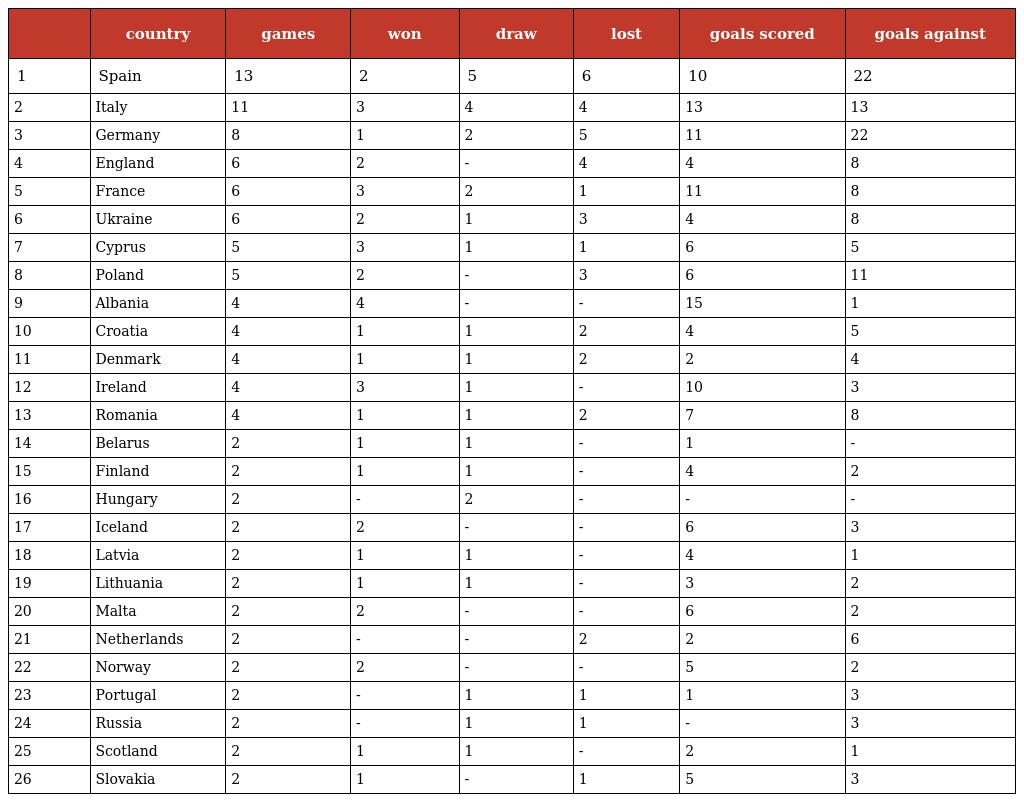
|  | country | games | won | draw | lost | goals scored | goals against |
 | --- | --- | --- | --- | --- | --- | --- | --- |
 | 1 | Spain | 13 | 2 | 5 | 6 | 10 | 22 |
 | 2 | Italy | 11 | 3 | 4 | 4 | 13 | 13 |
 | 3 | Germany | 8 | 1 | 2 | 5 | 11 | 22 |
 | 4 | England | 6 | 2 | - | 4 | 4 | 8 |
 | 5 | France | 6 | 3 | 2 | 1 | 11 | 8 |
 | 6 | Ukraine | 6 | 2 | 1 | 3 | 4 | 8 |
 | 7 | Cyprus | 5 | 3 | 1 | 1 | 6 | 5 |
 | 8 | Poland | 5 | 2 | - | 3 | 6 | 11 |
 | 9 | Albania | 4 | 4 | - | - | 15 | 1 |
 | 10 | Croatia | 4 | 1 | 1 | 2 | 4 | 5 |
 | 11 | Denmark | 4 | 1 | 1 | 2 | 2 | 4 |
 | 12 | Ireland | 4 | 3 | 1 | - | 10 | 3 |
 | 13 | Romania | 4 | 1 | 1 | 2 | 7 | 8 |
 | 14 | Belarus | 2 | 1 | 1 | - | 1 | - |
 | 15 | Finland | 2 | 1 | 1 | - | 4 | 2 |
 | 16 | Hungary | 2 | - | 2 | - | - | - |
 | 17 | Iceland | 2 | 2 | - | - | 6 | 3 |
 | 18 | Latvia | 2 | 1 | 1 | - | 4 | 1 |
 | 19 | Lithuania | 2 | 1 | 1 | - | 3 | 2 |
 | 20 | Malta | 2 | 2 | - | - | 6 | 2 |
 | 21 | Netherlands | 2 | - | - | 2 | 2 | 6 |
 | 22 | Norway | 2 | 2 | - | - | 5 | 2 |
 | 23 | Portugal | 2 | - | 1 | 1 | 1 | 3 |
 | 24 | Russia | 2 | - | 1 | 1 | - | 3 |
 | 25 | Scotland | 2 | 1 | 1 | - | 2 | 1 |
 | 26 | Slovakia | 2 | 1 | - | 1 | 5 | 3 |